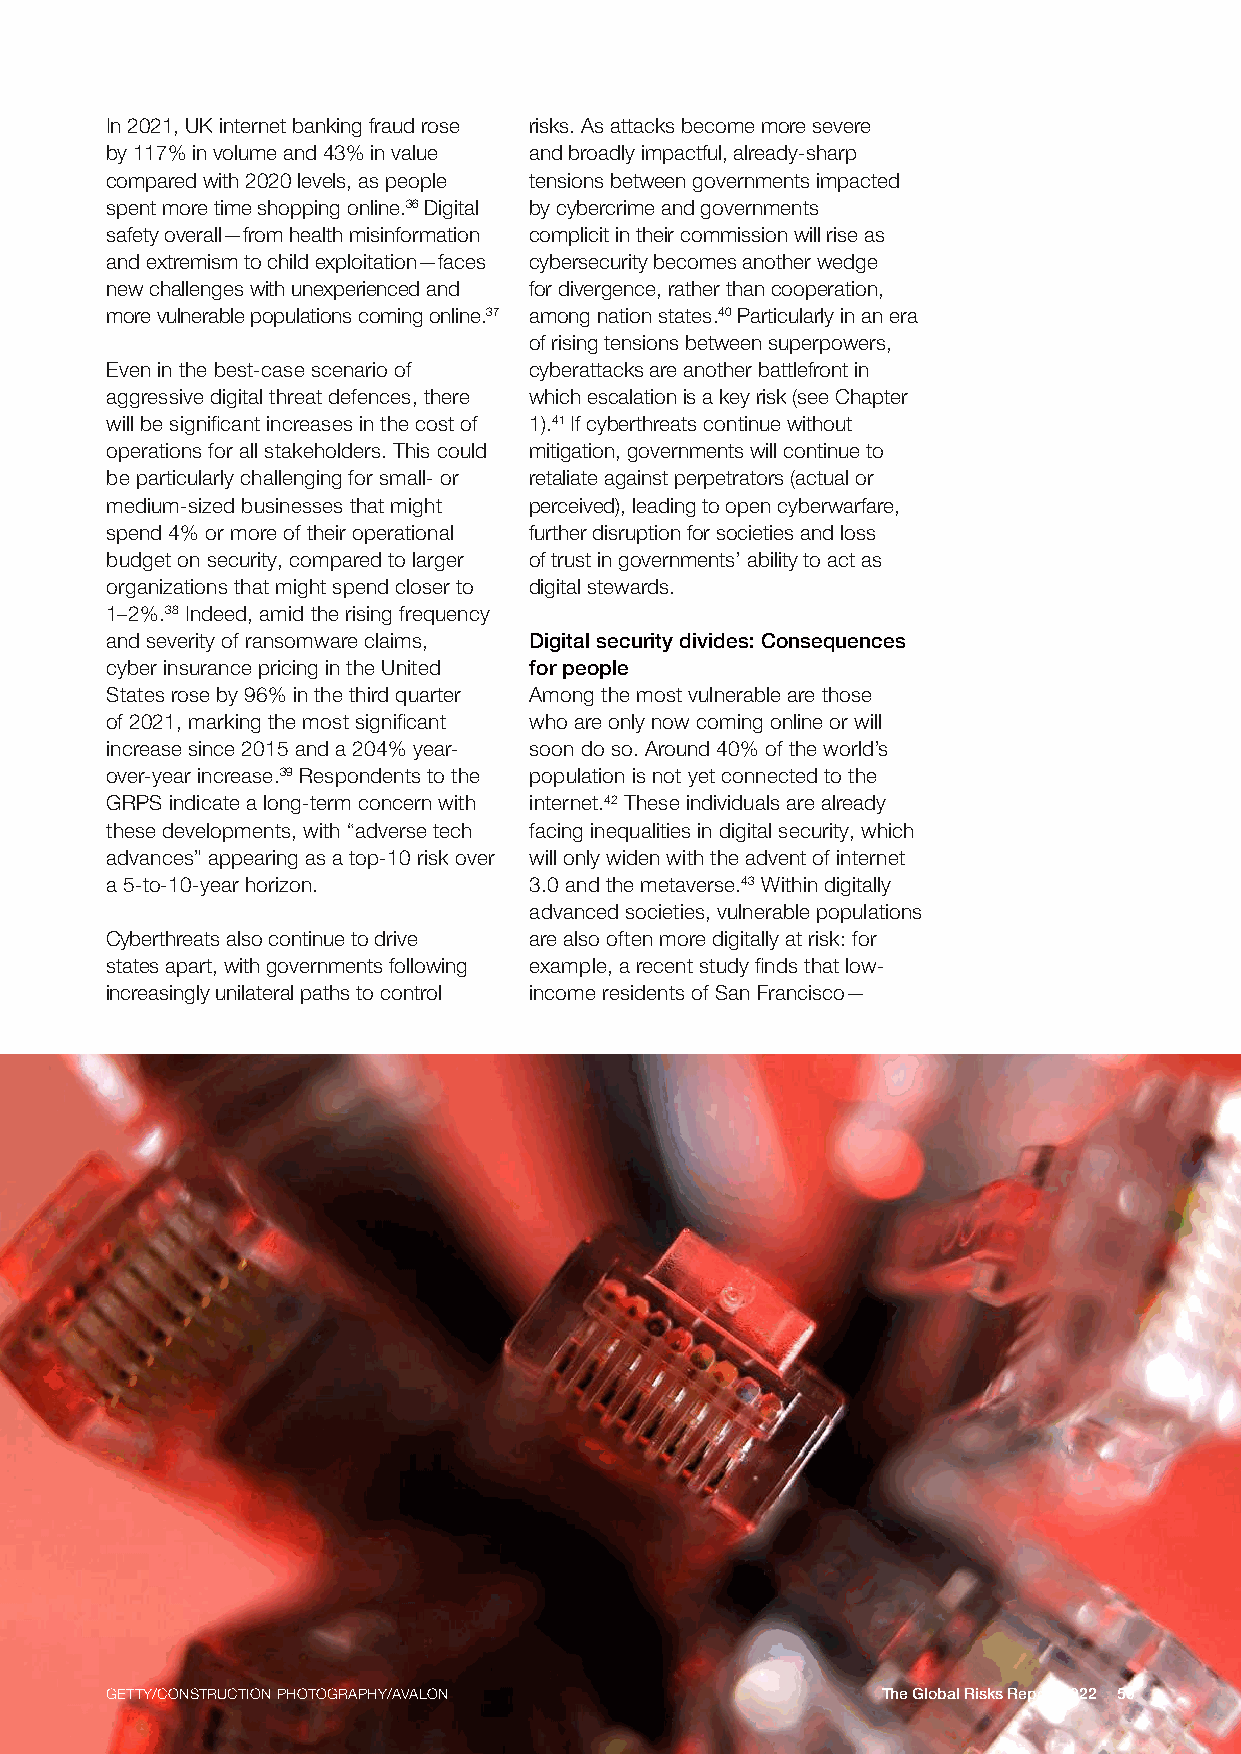
In 2021, UK internet banking fraud rose risks. As attacks become more severe
 by 117% in volume and 43% in value and broadly impactful, already-sharp
 compared with 2020 levels, as people tensions between governments impacted
 spent more time shopping online.36 Digital by cybercrime and governments
 safety overall—from health misinformation complicit in their commission will rise as
 and extremism to child exploitation—faces cybersecurity becomes another wedge
 new challenges with unexperienced and for divergence, rather than cooperation,
 more vulnerable populations coming online.37 among nation states.40 Particularly in an era
 of rising tensions between superpowers,
 Even in the best-case scenario of cyberattacks are another battlefront in
 aggressive digital threat defences, there which escalation is a key risk (see Chapter
 will be significant increases in the cost of 1).41 If cyberthreats continue without
 operations for all stakeholders. This could mitigation, governments will continue to
 be particularly challenging for small- or retaliate against perpetrators (actual or
 medium-sized businesses that might perceived), leading to open cyberwarfare,
 spend 4% or more of their operational further disruption for societies and loss
 budget on security, compared to larger of trust in governments’ ability to act as
 organizations that might spend closer to digital stewards.
 1–2%.38 Indeed, amid the rising frequency
 and severity of ransomware claims, Digital security divides: Consequences
 cyber insurance pricing in the United for people
 States rose by 96% in the third quarter Among the most vulnerable are those
 of 2021, marking the most significant who are only now coming online or will
 increase since 2015 and a 204% year- soon do so. Around 40% of the world’s
 over-year increase.39 Respondents to the population is not yet connected to the
 GRPS indicate a long-term concern with internet.42 These individuals are already
 these developments, with “adverse tech facing inequalities in digital security, which
 advances” appearing as a top-10 risk over will only widen with the advent of internet
 a 5-to-10-year horizon.     3.0 and the metaverse.43 Within digitally
 advanced societies, vulnerable populations
 Cyberthreats also continue to drive are also often more digitally at risk: for
 states apart, with governments following example, a recent study finds that low-
 increasingly unilateral paths to control income residents of San Francisco—
 GETTY/CONSTRUCTION PHOTOGRAPHY/AVALON              The Global Risks Report 2022 50